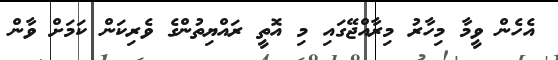
އެހެން ވީމާ މިހާރު މިރާއްޖޭގައި މި އޮތީ ރައްޔިތުންގެ ވެރިކަން ކަމަށް ވާން